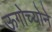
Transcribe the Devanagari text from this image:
ऊगोच्योने